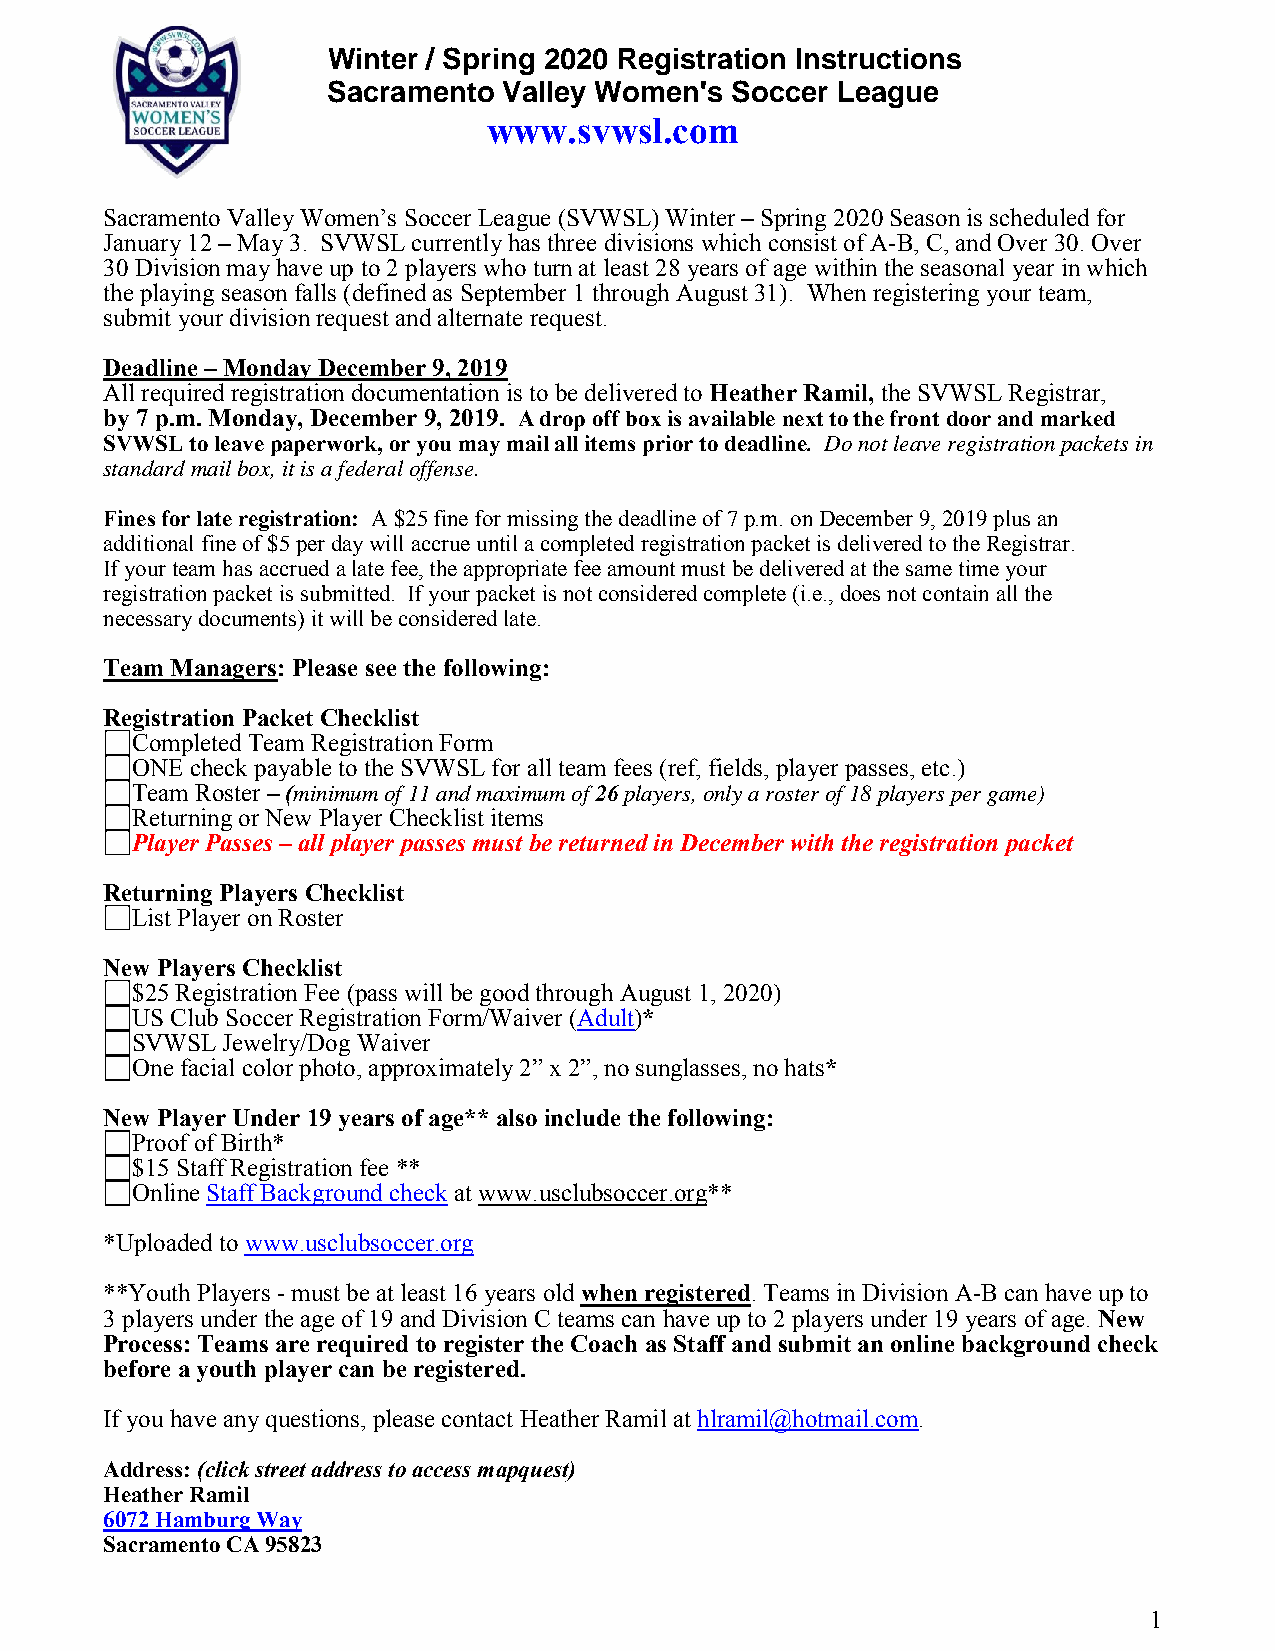
Winter / Spring 2020 Registration Instructions
 Sacramento Valley Women's Soccer League
 www.svwsl.com
 Sacramento Valley Women’s Soccer League (SVWSL) Winter – Spring 2020 Season is scheduled for
 January 12 – May 3. SVWSL currently has three divisions which consist of A-B, C, and Over 30. Over
 30 Division may have up to 2 players who turn at least 28 years of age within the seasonal year in which
 the playing season falls (defined as September 1 through August 31). When registering your team,
 submit your division request and alternate request.
 Deadline – Monday December 9, 2019
 All required registration documentation is to be delivered to Heather Ramil, the SVWSL Registrar,
 by 7 p.m. Monday, December 9, 2019. A drop off box is available next to the front door and marked
 SVWSL to leave paperwork, or you may mail all items prior to deadline. Do not leave registration packets in
 standard mail box, it is a federal offense.
 Fines for late registration: A $25 fine for missing the deadline of 7 p.m. on December 9, 2019 plus an
 additional fine of $5 per day will accrue until a completed registration packet is delivered to the Registrar.
 If your team has accrued a late fee, the appropriate fee amount must be delivered at the same time your
 registration packet is submitted. If your packet is not considered complete (i.e., does not contain all the
 necessary documents) it will be considered late.
 Team Managers: Please see the following:
 Registration Packet Checklist
 Completed Team Registration Form
 ONE check payable to the SVWSL for all team fees (ref, fields, player passes, etc.)
 Team Roster – (minimum of 11 and maximum of 26 players, only a roster of 18 players per game)
 Returning or New Player Checklist items
 Player Passes – all player passes must be returned in December with the registration packet
 Returning Players Checklist
 List Player on Roster
 New Players Checklist
 $25 Registration Fee (pass will be good through August 1, 2020)
 US Club Soccer Registration Form/Waiver (Adult)*
 SVWSL Jewelry/Dog Waiver
 One facial color photo, approximately 2” x 2”, no sunglasses, no hats*
 New Player Under 19 years of age** also include the following:
 Proof of Birth*
 $15 Staff Registration fee **
 Online Staff Background check at www.usclubsoccer.org**
 *Uploaded to www.usclubsoccer.org
 **Youth Players - must be at least 16 years old when registered. Teams in Division A-B can have up to
 3 players under the age of 19 and Division C teams can have up to 2 players under 19 years of age. New
 Process: Teams are required to register the Coach as Staff and submit an online background check
 before a youth player can be registered.
 If you have any questions, please contact Heather Ramil at hlramil@hotmail.com.
 Address: (click street address to access mapquest)
 Heather Ramil
 6072 Hamburg Way
 Sacramento CA 95823
 1